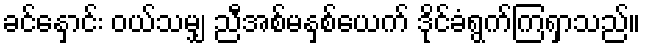
ခင်နှောင်း ဝယ်သမျှ ညီအစ်မနှစ်ယေက် ဒိုင်ခံရွက်ကြရှာသည်။